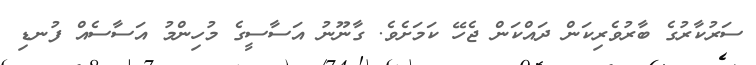
ސަރުކާރުގެ ބާރުވެރިކަން ދައްކަން ޖެހޭ ކަމަށެވެ. ގާނޫނު އަސާސީގެ މުހިންމު އަސާސެއް ފުނޑި